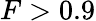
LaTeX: F>0.9